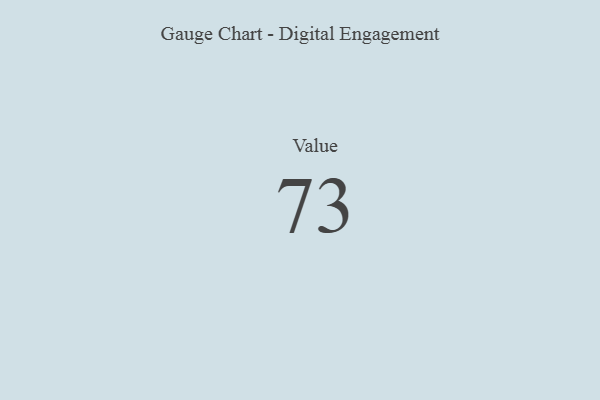
{"axis": {"x": "Metric", "y": "Value"}, "legend": [""], "data": [{"x": "Value", "y": 73, "type": ""}]}